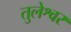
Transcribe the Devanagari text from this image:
तुलेश्वर